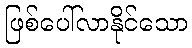
ဖြစ်ပေါ်လာနိုင်သော